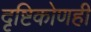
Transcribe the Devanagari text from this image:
दृष्टिकोणही